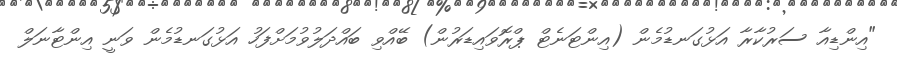
"އިންޑިއާ ސަރުކާރާ އަޅުގަނޑުމެން (އިންޓަނެޓް ޕްރޮވައިޑަރުން) ބޭއްވި ބައްދަލުވުމަށްފަހު އަޅުގަނޑުމެން ވަނީ އިންޓާނަލް